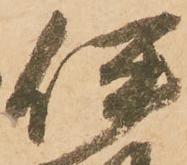
伊